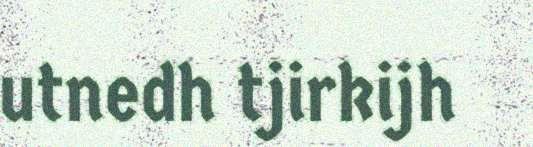
utnedh tjirkijh